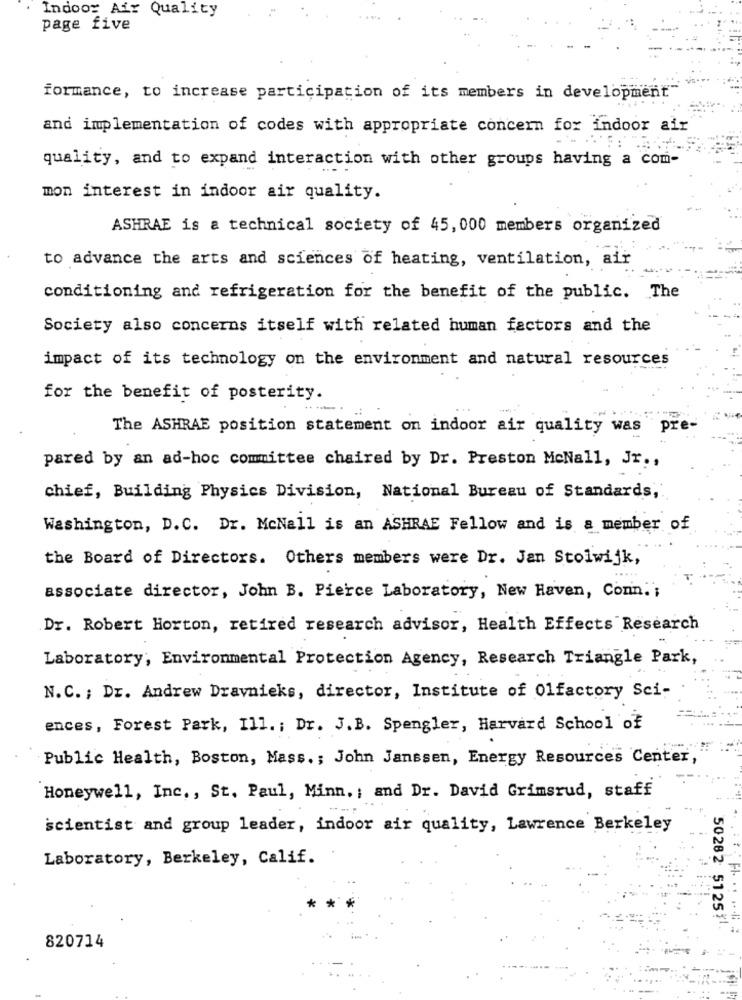
Indoor Air Quality
page five
formance, to increase participation of its members in development"
and implementation of codes with appropriate concern for indoor air
quality, and to expand interaction with other groups having a com-
mon interest in indoor air quality.
ASHRAE is a technical society of 45, 000 members organized
to advance the arts and sciences of heating, ventilation, air
conditioning and refrigeration for the benefit of the public. The
Society also concerns itself with related human factors and the
impact of its technology on the environment and natural resources
for the benefit of posterity.
The ASHRAE position statement on indoor air quality was pre-
pared by an ad-hoc committee chaired by Dr. Preston McNall, Jr .,
chief, Building Physics Division, National Bureau of Standards,
Washington, D.C. Dr. McNall is an ASHRAE Fellow and is a member of
the Board of Directors. Others members were Dr. Jan Stolwijk,
associate director, John B. Pierce Laboratory, New Haven, Conn. ;
Dr. Robert Horton, retired research advisor, Health Effects Research
Laboratory, Environmental Protection Agency, Research Triangle Park,
N.C. ; Dr. Andrew Dravnieks, director, Institute of Olfactory Sci-
ences, Forest Park, Ill. ; Dr. J.B. Spengler, Harvard School of
Public Health, Boston, Mass .; John Janssen, Energy Resources Center,
Honeywell, Inc ., St. Paul, Minn. ; and Dr. David Grimsrud, staff
scientist and group leader, indoor air quality, Lawrence Berkeley
Laboratory, Berkeley, Calif.
50282 5125 !!
820714